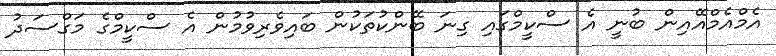
އެމްއެމްއޭއިން ބުނީ އެ ސްކީމްގައި ގިނަ ބޭންކުތަކުން ބައިވެރިވުމުން އެ ސްކީމްގެ މަގްސަދު